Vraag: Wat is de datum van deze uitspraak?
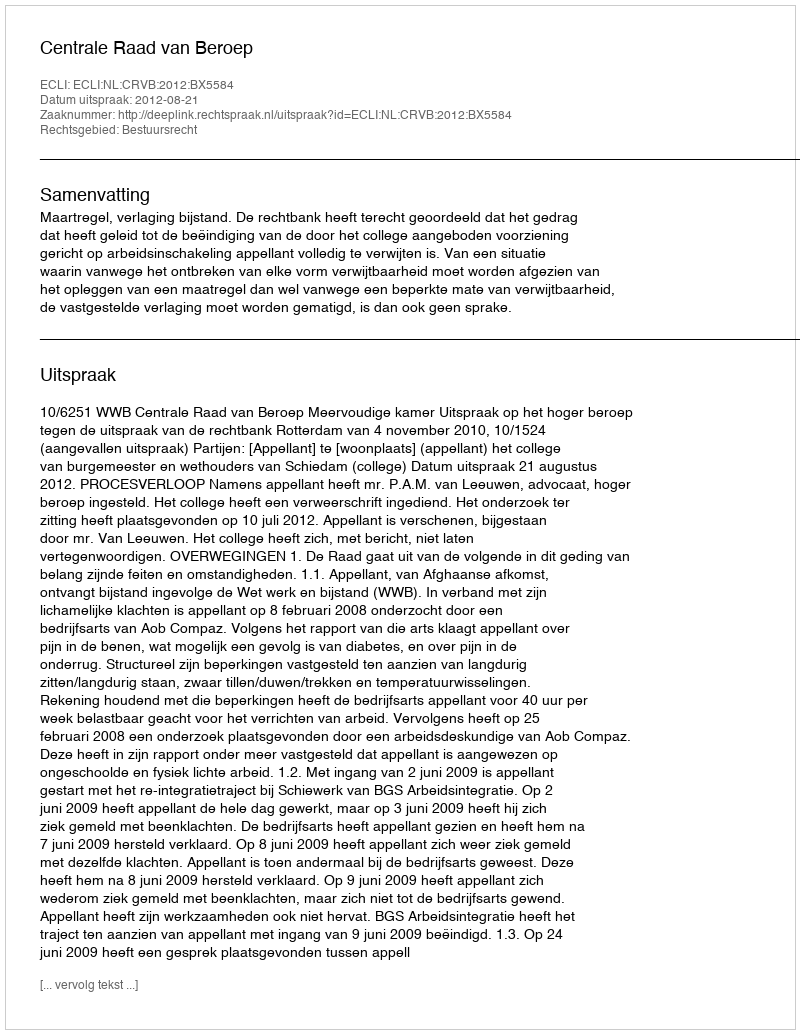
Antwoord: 2012-08-21